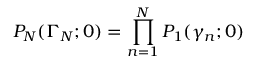
P _ { N } ( \Gamma _ { N } ; 0 ) = \prod _ { n = 1 } ^ { N } P _ { 1 } ( \gamma _ { n } ; 0 )